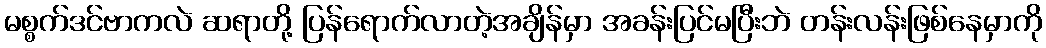
မစ္စက်ဒင်ဗာကလဲ ဆရာတို့ ပြန်ရောက်လာတဲ့အချိန်မှာ အခန်းပြင်မပြီးဘဲ တန်းလန်းဖြစ်နေမှာကို